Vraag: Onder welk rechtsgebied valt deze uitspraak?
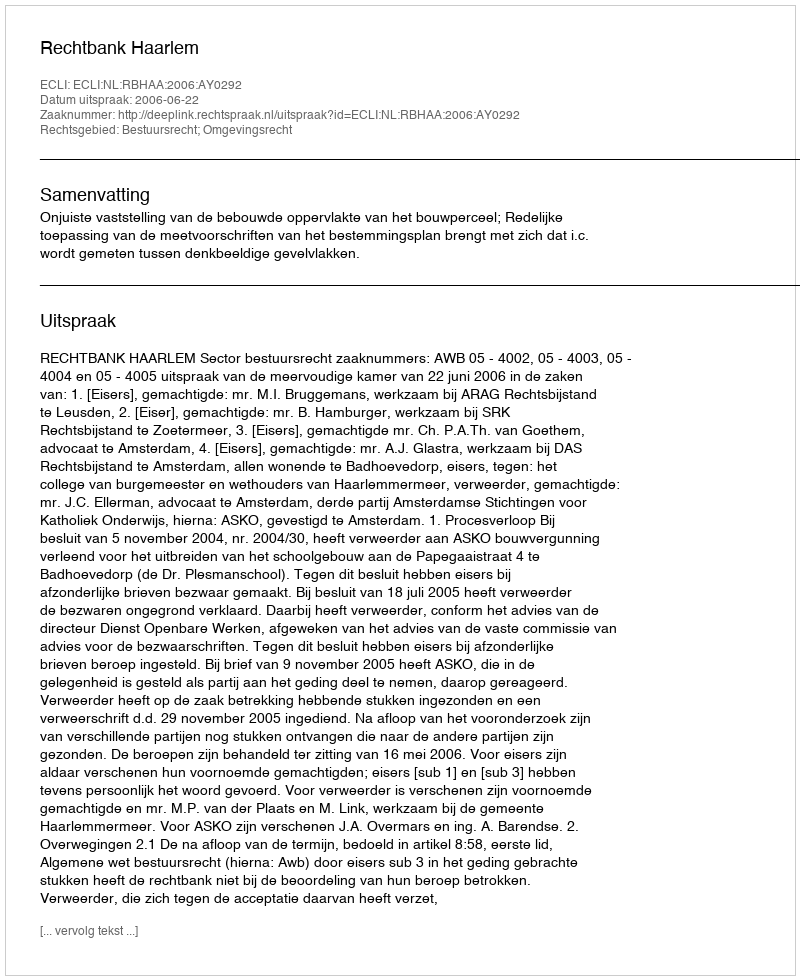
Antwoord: Bestuursrecht; Omgevingsrecht